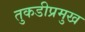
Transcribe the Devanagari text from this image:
तुकडीप्रमुख